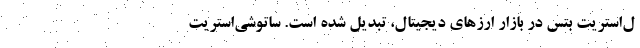
ل‌استریت بتس در بازار ارزهای دیجیتال، تبدیل شده است. ساتوشی‌استریت